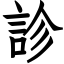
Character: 診